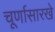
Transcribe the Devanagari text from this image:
चूर्णासारखे